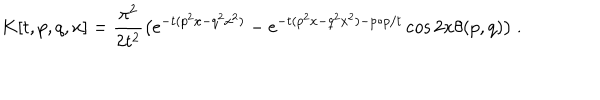
K [ t , p , q , x ] = \frac { \pi ^ { 2 } } { 2 t ^ { 2 } } \big ( \mathrm { e } ^ { - t ( p ^ { 2 } x - q ^ { 2 } x ^ { 2 } ) } - \mathrm { e } ^ { - t ( p ^ { 2 } x - q ^ { 2 } x ^ { 2 } ) - p \circ p / t } \cos 2 x \theta ( p , q ) \big ) ~ .